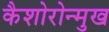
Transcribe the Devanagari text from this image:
कैशोरोन्मुख